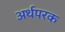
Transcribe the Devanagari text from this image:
अर्थपरक